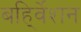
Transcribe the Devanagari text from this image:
बहि्र्वेशन